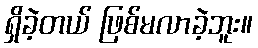
ရှိခဲ့တယ် ဖြစ်မလာခဲ့ဘူး။